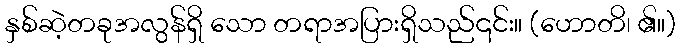
နှစ်ဆဲ့တခုအလွန်ရှိ သော တရာအပြားရှိသည်၎င်း။ (ဟောတိ၊ ၏။)